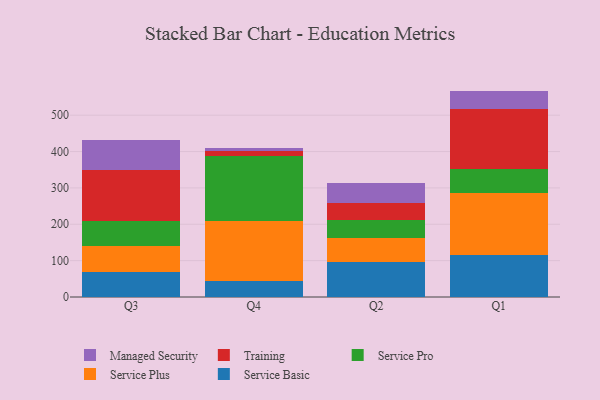
{"axis": {"x": "Quarter", "y": "Market Share (%)"}, "legend": ["Managed Security", "Service Basic", "Service Plus", "Service Pro", "Training"], "data": [{"x": "Q3", "y": 69.3, "type": "Service Basic"}, {"x": "Q3", "y": 71.5, "type": "Service Plus"}, {"x": "Q3", "y": 68.8, "type": "Service Pro"}, {"x": "Q3", "y": 140.0, "type": "Training"}, {"x": "Q3", "y": 83.4, "type": "Managed Security"}, {"x": "Q4", "y": 45.3, "type": "Service Basic"}, {"x": "Q4", "y": 163.0, "type": "Service Plus"}, {"x": "Q4", "y": 179.2, "type": "Service Pro"}, {"x": "Q4", "y": 14.3, "type": "Training"}, {"x": "Q4", "y": 8.9, "type": "Managed Security"}, {"x": "Q2", "y": 96.3, "type": "Service Basic"}, {"x": "Q2", "y": 67.2, "type": "Service Plus"}, {"x": "Q2", "y": 49.1, "type": "Service Pro"}, {"x": "Q2", "y": 47.1, "type": "Training"}, {"x": "Q2", "y": 53.8, "type": "Managed Security"}, {"x": "Q1", "y": 116.4, "type": "Service Basic"}, {"x": "Q1", "y": 169.8, "type": "Service Plus"}, {"x": "Q1", "y": 65.2, "type": "Service Pro"}, {"x": "Q1", "y": 165.0, "type": "Training"}, {"x": "Q1", "y": 50.6, "type": "Managed Security"}]}